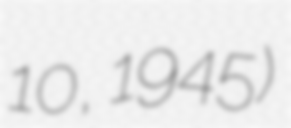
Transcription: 10, 1945)